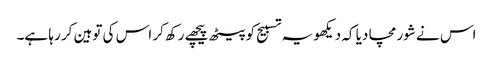
اس نے شور مچا دیا کہ دیکھو یہ تسبیح کو پیٹھ پیچھے رکھ کر اس کی توہین کر رہا ہے۔